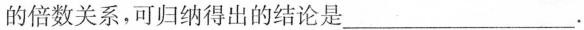
的倍数关系，可归纳得出的结论是___.